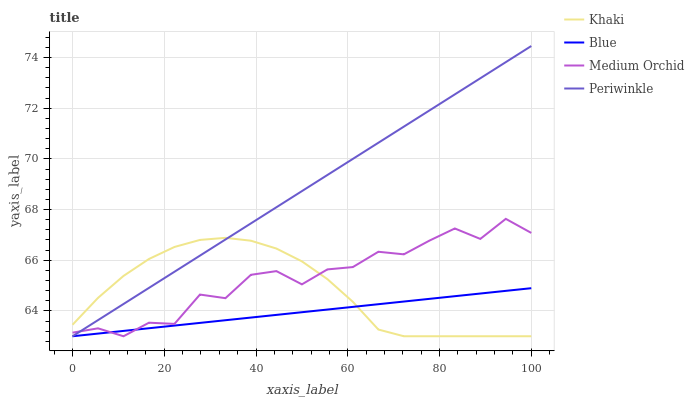
| xaxis_label | Khaki | Blue | Medium Orchid | Periwinkle |
 | --- | --- | --- | --- | --- |
 | 0 | 63.5 | 63 | 63.1 | 63 |
 | 5.56 | 64.5 | 63.1 | 63.3 | 63.6 |
 | 11.1 | 65.4 | 63.2 | 63 | 64.3 |
 | 16.7 | 66 | 63.3 | 63.5 | 64.9 |
 | 22.2 | 66.5 | 63.4 | 63.5 | 65.5 |
 | 27.8 | 66.8 | 63.5 | 64.6 | 66.2 |
 | 33.3 | 66.9 | 63.6 | 64.5 | 66.8 |
 | 38.9 | 66.8 | 63.7 | 65.4 | 67.5 |
 | 44.4 | 66.5 | 63.8 | 65.6 | 68.1 |
 | 50 | 66 | 63.9 | 65 | 68.7 |
 | 55.6 | 65.3 | 64.1 | 65.6 | 69.4 |
 | 61.1 | 64.4 | 64.2 | 65.7 | 70 |
 | 66.7 | 63.3 | 64.3 | 66.3 | 70.6 |
 | 72.2 | 63 | 64.4 | 66.2 | 71.3 |
 | 77.8 | 63 | 64.5 | 66.8 | 71.9 |
 | 83.3 | 63 | 64.6 | 67.3 | 72.5 |
 | 88.9 | 63 | 64.7 | 66.8 | 73.2 |
 | 94.4 | 63 | 64.8 | 67.6 | 73.8 |
 | 100 | 63 | 64.9 | 67.1 | 74.5 |